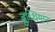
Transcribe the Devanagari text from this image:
बुध्धिमान